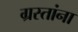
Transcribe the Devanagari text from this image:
ग्रस्तांना